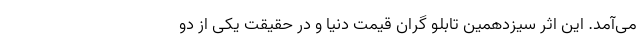
می‌آمد. این اثر سیزدهمین تابلو گران قیمت دنیا و در حقیقت یکی از دو